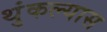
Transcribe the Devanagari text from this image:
थुंकल्यास